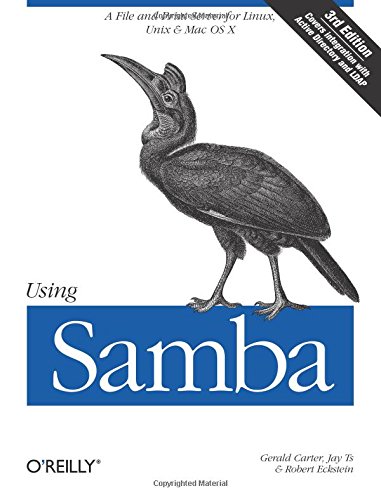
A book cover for Using Samba: A File and Print Server for Linux, Unix & Mac OS X, 3rd Edition; Gerald Carter; Computers & Technology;